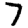
Digit: 7